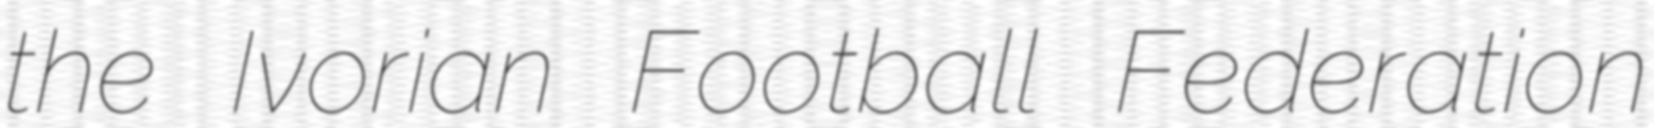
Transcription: the Ivorian Football Federation